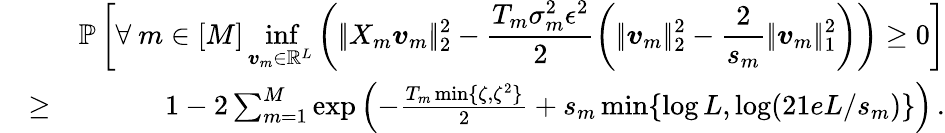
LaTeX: \begin{array}{rlr}&{}&{\mathbb P\left[\displaystyle\forall~{m\in[M]}\operatorname*{inf}_{\boldsymbol{v}_{m}\in\mathbb R^{L}}\left(|\! |X_{m}\boldsymbol{v}_{m}|\! |_{2}^{2}-\frac{T_{m}\sigma_{m}^{2}\epsilon^{2}}2\left(|\! |\boldsymbol{v}_{m}|\! |_{2}^{2}-\frac{2}{s_{m}}|\! |\boldsymbol{v}_{m}|\! |_{1}^{2}\right)\right)\geq 0\right]}\\ &{\geq}&{1-2\sum_{m=1}^{M}\exp\left(-\frac{T_{m}\operatorname*{min}\{ \zeta,\zeta^{2}\} }{2}+s_{m}\operatorname*{min}\{ \log L,\log(21eL/s_{m})\} \right)\, .}\end{array}